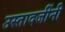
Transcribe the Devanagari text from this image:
उस्तादजींनी